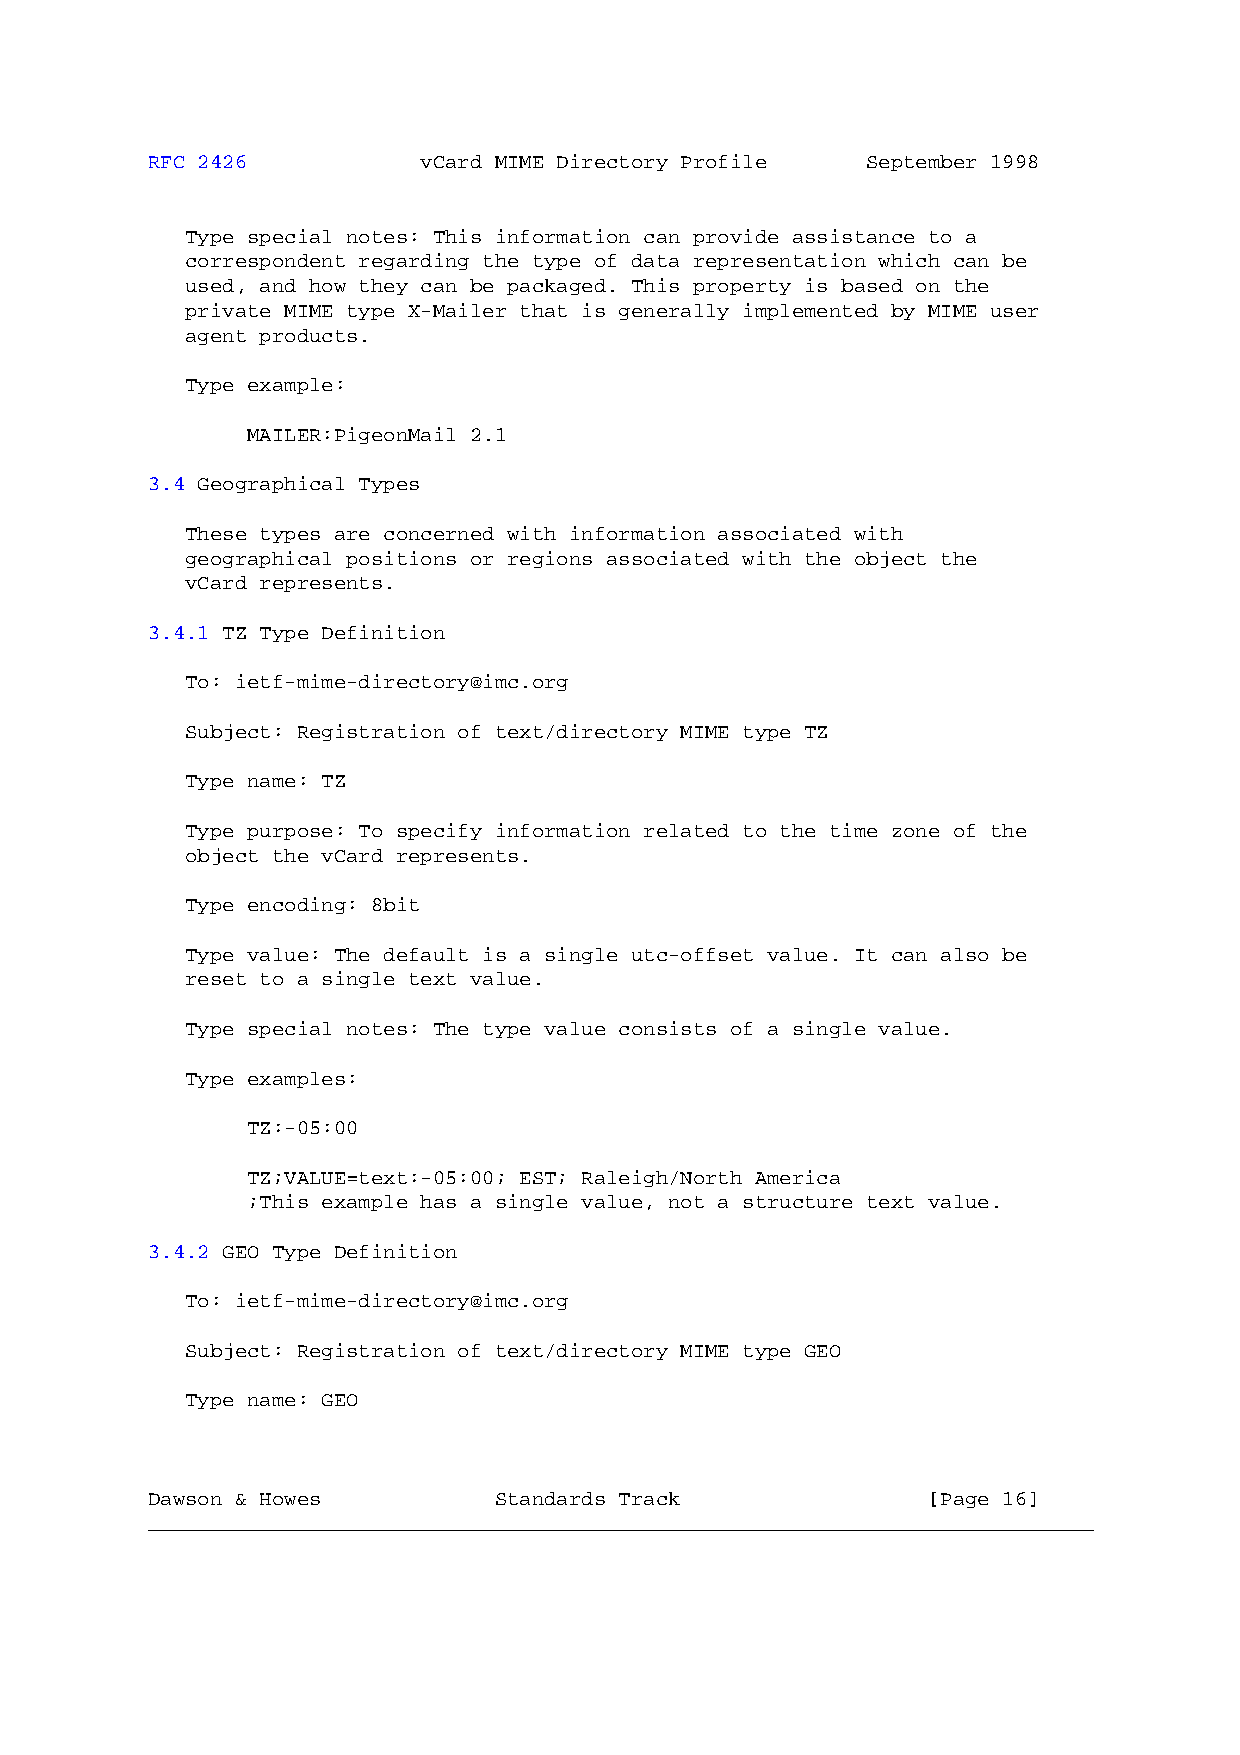
RFC 2426          vCard MIME Directory Profile September 1998
 Type special notes: This information can provide assistance to a
 correspondent regarding the type of data representation which can be
 used, and how they can be packaged. This property is based on the
 private MIME type X-Mailer that is generally implemented by MIME user
 agent products.
 Type example:
 MAILER:PigeonMail 2.1
 3.4 Geographical Types
 These types are concerned with information associated with
 geographical positions or regions associated with the object the
 vCard represents.
 3.4.1 TZ Type Definition
 To: ietf-mime-directory@imc.org
 Subject: Registration of text/directory MIME type TZ
 Type name: TZ
 Type purpose: To specify information related to the time zone of the
 object the vCard represents.
 Type encoding: 8bit
 Type value: The default is a single utc-offset value. It can also be
 reset to a single text value.
 Type special notes: The type value consists of a single value.
 Type examples:
 TZ:-05:00
 TZ;VALUE=text:-05:00; EST; Raleigh/North America
 ;This example has a single value, not a structure text value.
 3.4.2 GEO Type Definition
 To: ietf-mime-directory@imc.org
 Subject: Registration of text/directory MIME type GEO
 Type name: GEO
 Dawson & Howes         Standards Track             [Page 16]